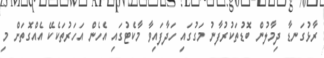
ރާޅުގަނޑާ ދިމާލުން ބޮޑުތަކުރުފާނު މަގުގައި ހަދާފައިވާ މާކެޓުގައި އެހެން އަހަރުތަކެކޭ އެއްގޮތަށް މި